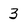
Character: 3